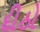
દીઠો